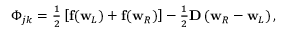
\begin{array} { r } { \Phi _ { j k } = \frac { 1 } { 2 } \left[ { \bf f } ( { \bf w } _ { L } ) + { \bf f } ( { \bf w } _ { R } ) \right] - \frac { 1 } { 2 } { \bf D } \left( { \bf w } _ { R } - { \bf w } _ { L } \right) , } \end{array}